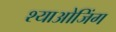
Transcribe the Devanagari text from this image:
श्याओजिंग